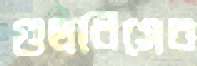
গুলবিসের